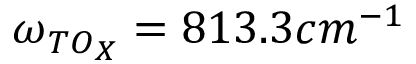
\omega _ { T O _ { X } } = 8 1 3 . 3 c m ^ { - 1 }